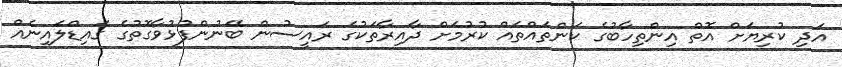
އަދި ކުރިޔަށް އޮތް އިންތިހާބުގެ ކަންތައްތައް ކުރުމަށް ދާއިރާތަކުގެ ރައީސުން ބޭނުންފުޅުވާގޮތުގެ ގައިޑްލައިނެއް